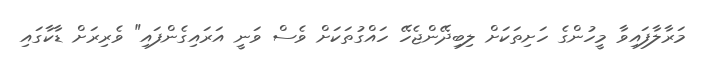
މަރާލާފައިވާ މީހުންގެ ހަށިތަކަށް ލިބިދޭންޖެހޭ ހައްގުތަކަށް ވެސް ވަނީ އަރައިގެންފައި" ވެރިރަށް ޑާކާގައި